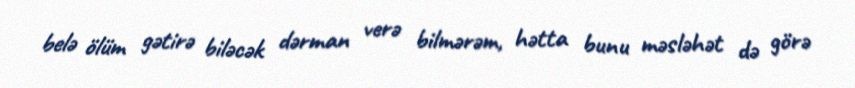
belə ölüm gətirə biləcək dərman verə bilmərəm, hətta bunu məsləhət də görə